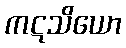
ကဋသိယော